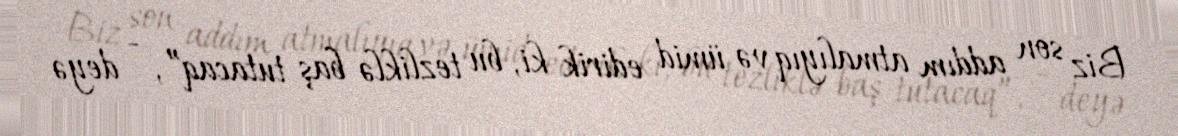
Biz son addım atmalıyıq və ümid edirik ki, bu tezliklə baş tutacaq”, - deyə